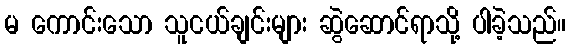
မ ကောင်းသော သူငယ်ချင်းများ ဆွဲဆောင်ရာသို့ ပါခဲ့သည်။